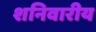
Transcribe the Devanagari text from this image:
शनिवारीय